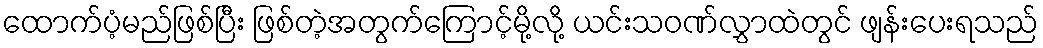
ထောက်ပံ့မည်ဖြစ်ပြီး ဖြစ်တဲ့အတွက်ကြောင့်မို့လို့ ယင်းသဝဏ်လွှာထဲတွင် ဖျန်းပေးရသည်